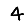
Digit: 4